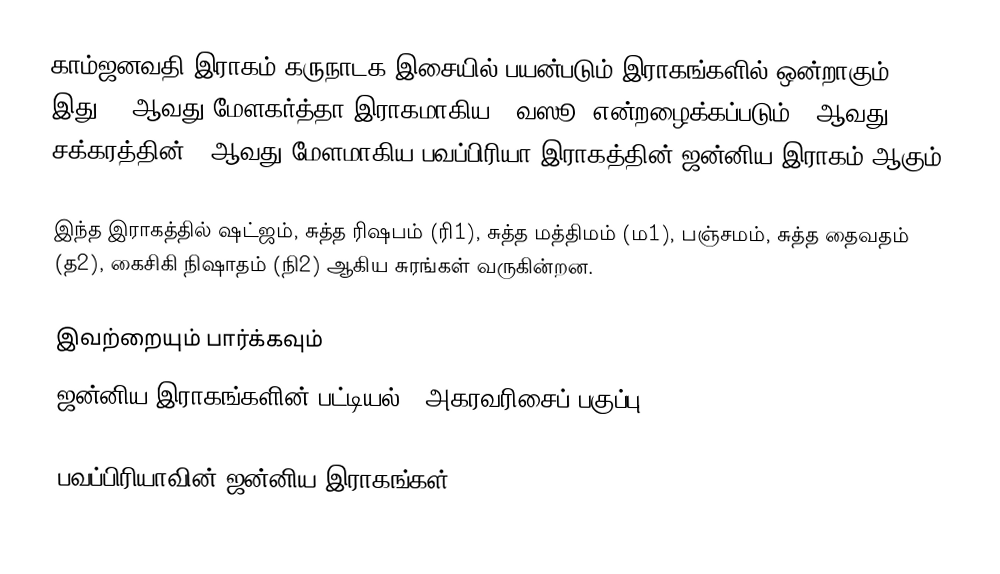
காம்ஜனவதி இராகம் கருநாடக இசையில் பயன்படும் இராகங்களில் ஒன்றாகும். இது 44 ஆவது மேளகர்த்தா இராகமாகிய, "வஸூ" என்றழைக்கப்படும் 7 ஆவது சக்கரத்தின் 2 ஆவது மேளமாகிய பவப்பிரியா இராகத்தின் ஜன்னிய இராகம் ஆகும்.

இந்த இராகத்தில் ஷட்ஜம், சுத்த ரிஷபம் (ரி1),  சுத்த மத்திமம் (ம1), பஞ்சமம், சுத்த தைவதம் (த2), கைசிகி நிஷாதம்  (நி2) ஆகிய சுரங்கள் வருகின்றன.

இவற்றையும் பார்க்கவும்
 ஜன்னிய இராகங்களின் பட்டியல் - அகரவரிசைப் பகுப்பு

பவப்பிரியாவின் ஜன்னிய இராகங்கள்